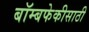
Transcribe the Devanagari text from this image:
बॉम्बफेकीसाठी